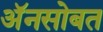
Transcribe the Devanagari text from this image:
अॅनसोबत